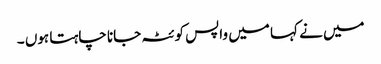
میں نے کہا میں واپس کوئٹہ جانا چاہتا ہوں ۔